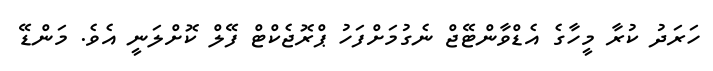
ހަރަދު ކުރާ މީހާގެ އެޑްވާންޓޭޖް ނެގުމަށްފަހު ޕްރޮޖެކްޓް ފޭލް ކޮށްލަނީ އެވެ. މަންޑޭ